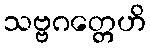
သဗ္ဗဂတ္တေဟိ